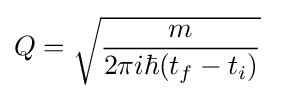
Q={\sqrt {\frac {m}{2\pi i\hbar (t_{f}-t_{i})}}}~